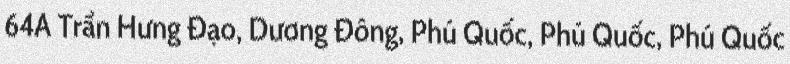
64A Trần Hưng Đạo, Dương Đông, Phú Quốc, Phú Quốc, Phú Quốc